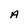
Character: A